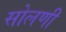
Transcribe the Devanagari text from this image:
सोलणी